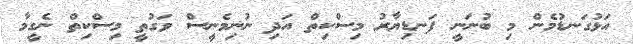
އަޅުގަނޑުމެން މި ބުނަނީ ފަނޑިޔާރު މިސްކިތް އަދި ނުނިމެނީސް ވަގުތީ މިސްކިތް ނެގީމާ